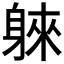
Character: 𲄣